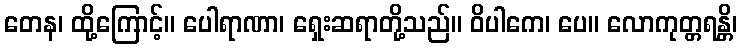
တေန၊ ထို့ကြောင့်။ ပေါရာဏာ၊ ရှေးဆရာတို့သည်။ ဝိပါကေ၊ ပေ။ လောကုတ္တရန္တိ၊